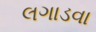
લગાડવા